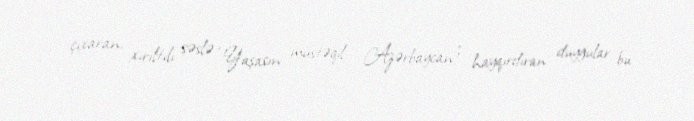
çıxaran, xırıltılı səslə “Yaşasın müstəqil Azərbaycan!” hayqırdıran duyğular bu